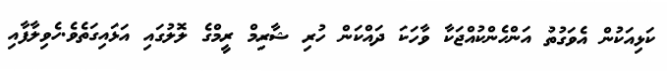
ކަޅިއަކުން އެވަގުތު އަންހެންކުއްޖަކާ ވާހަކަ ދައްކަން ހުރި ޝާރިމް ރީމްގެ ލޮލުގައި އަޅައިގަތެވެ.ހެވިލާފާއި